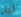
أجل